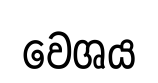
වෙශය